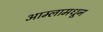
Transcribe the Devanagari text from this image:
आम्लामधून